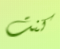
كنت